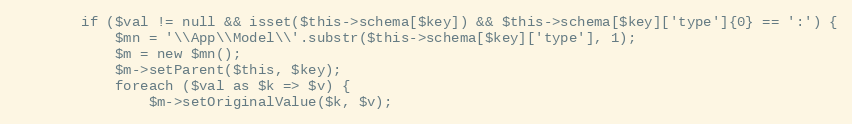
Language: PHP
		if ($val != null && isset($this->schema[$key]) && $this->schema[$key]['type']{0} == ':') {
			$mn = '\\App\\Model\\'.substr($this->schema[$key]['type'], 1);
			$m = new $mn();
			$m->setParent($this, $key);
			foreach ($val as $k => $v) {
				$m->setOriginalValue($k, $v);